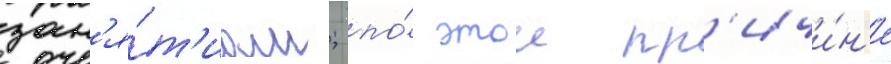
зан'я́т'иам; по́ этои пр'ичи́н'е